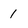
Character: l